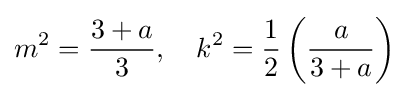
m^{2}={\frac {3+a}{3}},\quad k^{2}={\frac {1}{2}}\left({\frac {a}{3+a}}\right)